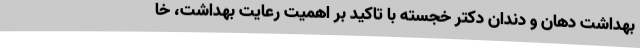
بهداشت دهان و دندان دکتر خجسته با تاکید بر اهمیت رعایت بهداشت، خا